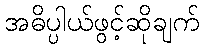
အဓိပ္ပါယ်ဖွင့်ဆိုချက်